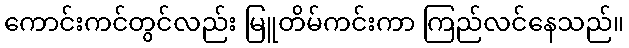
ကောင်းကင်တွင်လည်း မြူတိမ်ကင်းကာ ကြည်လင်နေသည်။